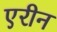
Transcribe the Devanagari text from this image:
एरीन